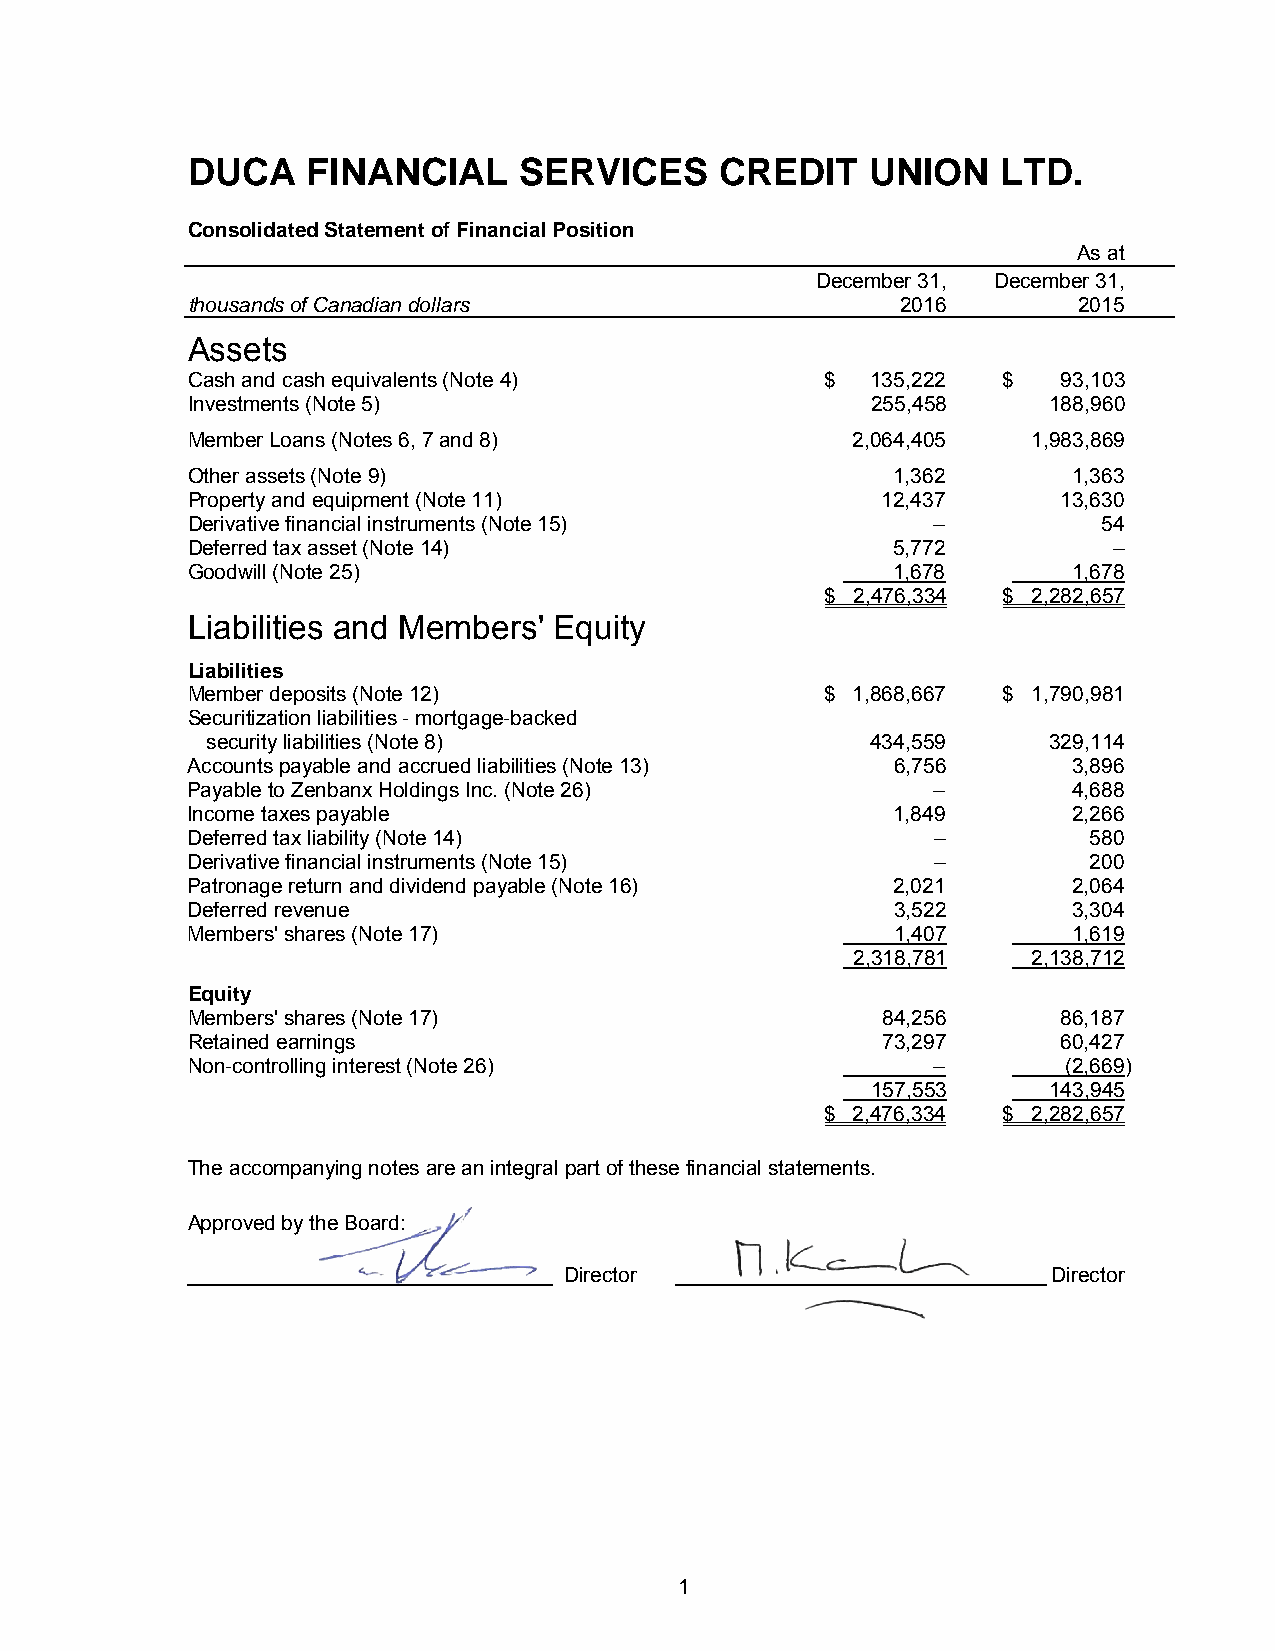
DUCA    FINANCIAL     SERVICES      CREDIT    UNION   LTD.
 Consolidated Statement of Financial Position
 As at
 December 31, December 31,
 thousands of Canadian dollars                   2016       2015
 Assets
 Cash and cash equivalents (Note 4)         $  135,222 $   93,103
 Investments (Note 5)                          255,458     188,960
 Member Loans (Notes 6, 7 and 8)             2,064,405   1,983,869
 Other assets (Note 9)                          1,362       1,363
 Property and equipment (Note 11)              12,437      13,630
 Derivative financial instruments (Note 15)        –          54
 Deferred tax asset (Note 14)                   5,772          –
 Goodwill (Note 25)                             1,678       1,678
 $ 2,476,334 $ 2,282,657
 Liabilities and Members' Equity
 Liabilities
 Member deposits (Note 12)                  $ 1,868,667 $ 1,790,981
 Securitization liabilities - mortgage-backed
 security liabilities (Note 8)               434,559    329,114
 Accounts payable and accrued liabilities (Note 13) 6,756   3,896
 Payable to Zenbanx Holdings Inc. (Note 26)        –        4,688
 Income taxes payable                           1,849       2,266
 Deferred tax liability (Note 14)                  –         580
 Derivative financial instruments (Note 15)        –         200
 Patronage return and dividend payable (Note 16) 2,021      2,064
 Deferred revenue                               3,522       3,304
 Members' shares (Note 17)                      1,407       1,619
 2,318,781  2,138,712
 Equity
 Members' shares (Note 17)                     84,256      86,187
 Retained earnings                             73,297      60,427
 Non-controlling interest (Note 26)                –        (2,669)
 157,553     143,945
 $ 2,476,334 $ 2,282,657
 The accompanying notes are an integral part of these financial statements.
 Approved by the Board:
 Director                         Director
 1